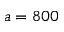
a = 8 0 0